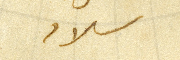
سلام